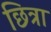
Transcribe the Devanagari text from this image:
छित्रा